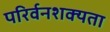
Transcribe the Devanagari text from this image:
परिर्वनशक्यता